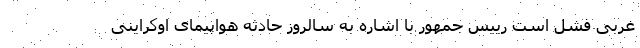
غربی فشل است رییس جمهور با اشاره به سالروز حادثه هواپیمای اوکراینی